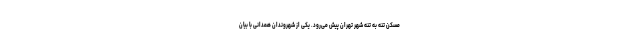
مسکن تنه به تنه شهر تهران پیش می‌رود. یکی از شهروندان همدانی با بیان